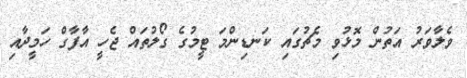
ވެލާވަރު އަތުން މޮޅުވި މެޗުގައި ކަނޑިންމަ ޓީމުގެ ގޯލުތައް ޖެހީ އާފާގް ހަމީދާއި